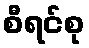
စီရင်စု